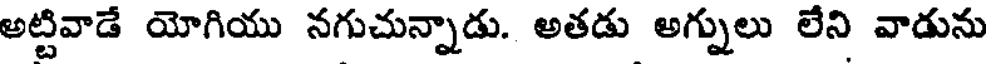
అట్టివాడే యోగియు నగుచున్నాడు. అతడు అగ్నులు లేని వాడును